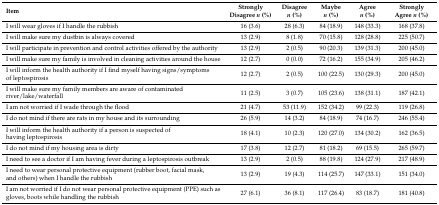
<table><thead><tr><td><b>Item</b></td><td><b>Strongly Disagree <i>n</i> (%)</b></td><td><b>Disagree <i>n</i> (%)</b></td><td><b>Maybe <i>n</i> (%)</b></td><td><b>Agree <i>n</i> (%)</b></td><td><b>Strongly Agree <i>n</i> (%)</b></td></tr></thead><tbody><tr><td>I will wear gloves if I handle the rubbish</td><td>16 (3.6)</td><td>28 (6.3)</td><td>84 (18.9)</td><td>148 (33.3)</td><td>168 (37.8)</td></tr><tr><td>I will make sure my dustbin is always covered</td><td>13 (2.9)</td><td>8 (1.8)</td><td>70 (15.8)</td><td>128 (28.8)</td><td>225 (50.7)</td></tr><tr><td>I will participate in prevention and control activities offered by the authority</td><td>13 (2.9)</td><td>2 (0.5)</td><td>90 (20.3)</td><td>139 (31.3)</td><td>200 (45.0)</td></tr><tr><td>I will make sure my family is involved in cleaning activities around the house</td><td>12 (2.7)</td><td>0 (0.0)</td><td>72 (16.2)</td><td>155 (34.9)</td><td>205 (46.2)</td></tr><tr><td>I will inform the health authority if I find myself having signs/symptoms of leptospirosis</td><td>12 (2.7)</td><td>2 (0.5)</td><td>100 (22.5)</td><td>130 (29.3)</td><td>200 (45.0)</td></tr><tr><td>I will make sure my family members are aware of contaminated river/lake/waterfall</td><td>11 (2.5)</td><td>3 (0.7)</td><td>105 (23.6)</td><td>138 (31.1)</td><td>187 (42.1)</td></tr><tr><td>I am not worried if I wade through the flood</td><td>21 (4.7)</td><td>53 (11.9)</td><td>152 (34.2)</td><td>99 (22.3)</td><td>119 (26.8)</td></tr><tr><td>I do not mind if there are rats in my house and its surrounding</td><td>26 (5.9)</td><td>14 (3.2)</td><td>84 (18.9)</td><td>74 (16.7)</td><td>246 (55.4)</td></tr><tr><td>I will inform the health authority if a person is suspected of having leptospirosis</td><td>18 (4.1)</td><td>10 (2.3)</td><td>120 (27.0)</td><td>134 (30.2)</td><td>162 (36.5)</td></tr><tr><td>I do not mind if my housing area is dirty</td><td>17 (3.8)</td><td>12 (2.7)</td><td>81 (18.2)</td><td>69 (15.5)</td><td>265 (59.7)</td></tr><tr><td>I need to see a doctor if I am having fever during a leptospirosis outbreak</td><td>13 (2.9)</td><td>2 (0.5)</td><td>88 (19.8)</td><td>124 (27.9)</td><td>217 (48.9)</td></tr><tr><td>I need to wear personal protective equipment (rubber boot, facial mask, and others) when I handle the rubbish</td><td>13 (2.9)</td><td>19 (4.3)</td><td>114 (25.7)</td><td>147 (33.1)</td><td>151 (34.0)</td></tr><tr><td>I am not worried if I do not wear personal protective equipment (PPE) such as gloves, boots while handling the rubbish</td><td>27 (6.1)</td><td>36 (8.1)</td><td>117 (26.4)</td><td>83 (18.7)</td><td>181 (40.8)</td></tr></tbody></table>